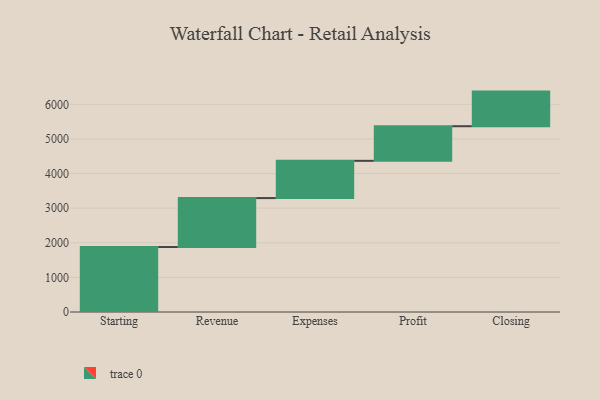
{"axis": {"x": "Step", "y": "Value"}, "legend": [""], "data": [{"x": "Starting", "y": 1877.0, "type": ""}, {"x": "Revenue", "y": 1414.0, "type": ""}, {"x": "Expenses", "y": 1076.0, "type": ""}, {"x": "Profit", "y": 1000, "type": ""}, {"x": "Closing", "y": 1000, "type": ""}]}